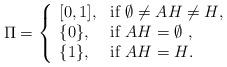
LaTeX: \begin{align*}\Pi= \left\{\begin{array}{ll}[0,1], &\mbox{if $\emptyset \neq AH \neq H$,}\\\{0\}, &\mbox{if $AH=\emptyset$ ,}\\\{1\}, &\mbox{if $AH=H$. }\\\end{array}\right.\end{align*}